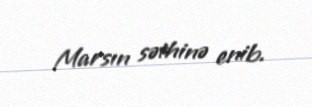
Marsın səthinə enib.